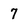
Character: 7